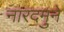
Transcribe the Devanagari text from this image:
नारदमुने